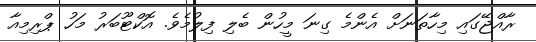
ރާއްޖޭގައި މިހާތަނަށް އެންމެ ގިނަ މީހުން ބެލި ފިލުމެވެ. އޮކްޓޫބަރު މަހު ޕްރިމިއާ